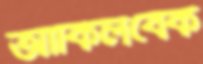
আকিলবেক